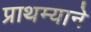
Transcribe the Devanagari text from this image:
प्राथम्याने